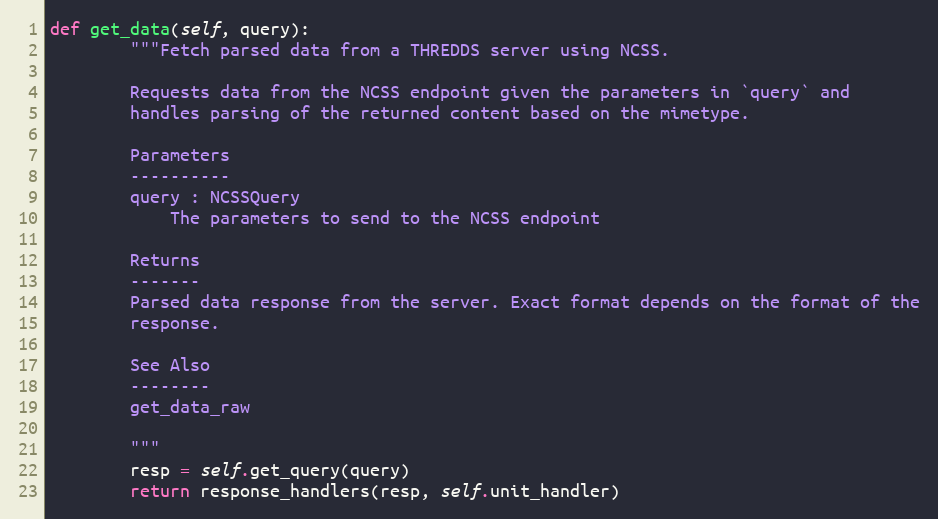
Language: Python
def get_data(self, query):
        """Fetch parsed data from a THREDDS server using NCSS.

        Requests data from the NCSS endpoint given the parameters in `query` and
        handles parsing of the returned content based on the mimetype.

        Parameters
        ----------
        query : NCSSQuery
            The parameters to send to the NCSS endpoint

        Returns
        -------
        Parsed data response from the server. Exact format depends on the format of the
        response.

        See Also
        --------
        get_data_raw

        """
        resp = self.get_query(query)
        return response_handlers(resp, self.unit_handler)